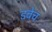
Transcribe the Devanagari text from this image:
डबेच